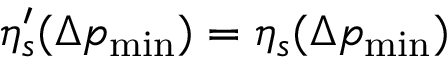
\eta _ { s } ^ { \prime } ( \Delta p _ { \mathrm { m i n } } ) = \eta _ { s } ( \Delta p _ { \mathrm { m i n } } )